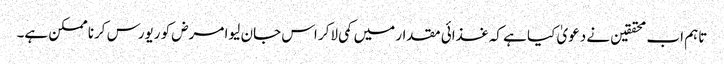
تاہم اب محققین نے دعویٰ کیا ہے کہ غذائی مقدار میں کمی لاکر اس جان لیوا مرض کو ریورس کرنا ممکن ہے۔